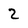
Character: 2